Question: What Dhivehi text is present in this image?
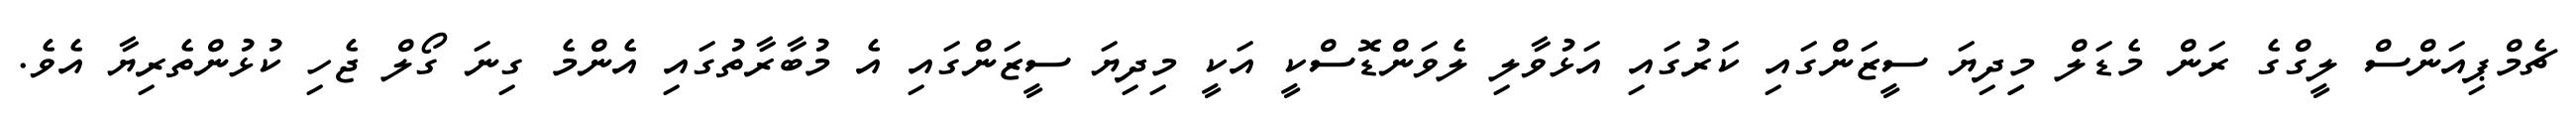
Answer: ޗެމްޕިއަންސް ލީގްގެ ރަން މެޑަލް މިިދިޔަ ސީޒަންގައި ކަރުގައި އަޅުވާލި ލެވަންޑޮސްކީ އަކީ މިދިޔަ ސީޒަންގައި އެ މުބާރާތުގައި އެންމެ ގިނަ ގޯލް ޖެހި ކުޅުންތެރިޔާ އެވެ.